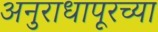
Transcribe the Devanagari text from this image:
अनुराधापूरच्या